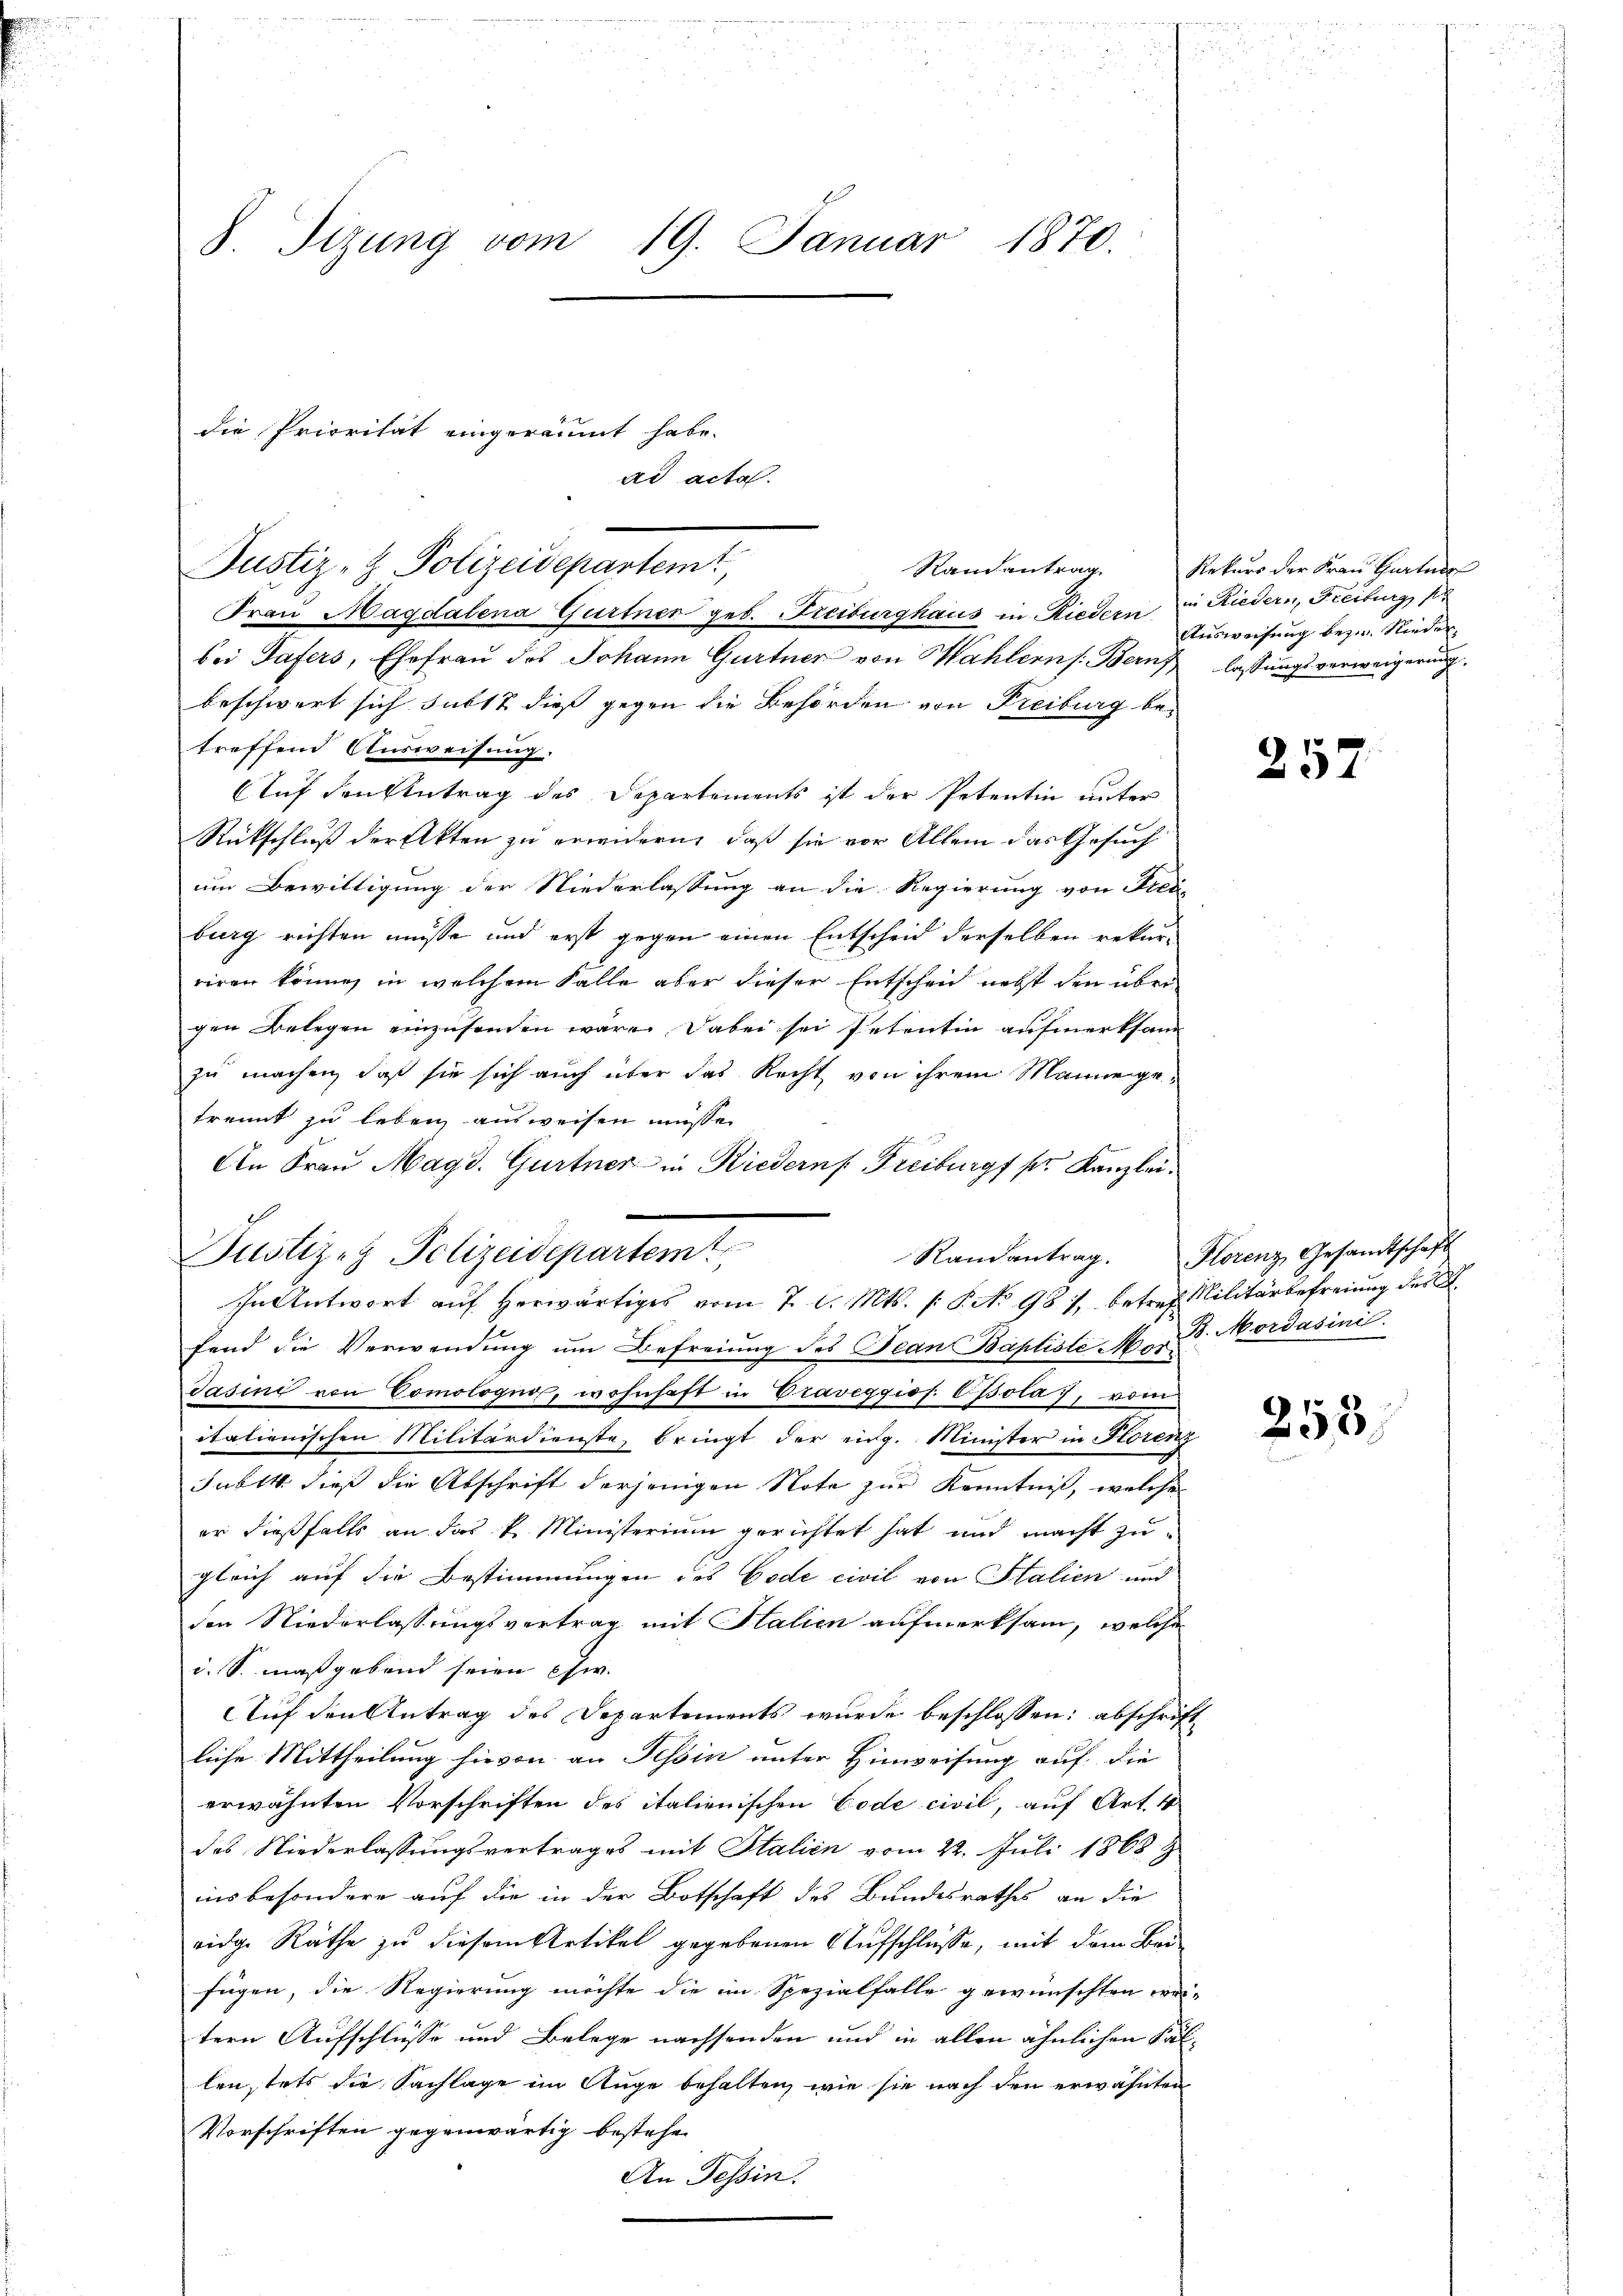
8 Sizung vom 19. Januar 1870.

die Priorität eingeräumt habe.

Justiz- & Polizeidepartem

Justizen Polizeidepartemt

ad acta.

Frau Magdalena Gurtner geb. Freiburghaus in Riedern in Riedern, Freiburg, pr
bei Tafers, Ehefrau des Johann Gurtner von Wahlern. Bern lassungsverweigerung
beschwert sich subst dieß gegen die Behörden von Freiburg betreffend Ausweisung.
Auf den Antrag des Departements ist der Petentin unter
Rückschluß der Akten zu erwidern, daß sie vor Allem das Gesuch
um Bewilligung der Niederlassung an die Regierung von Frei-
burg richten müsse und erst gegen einen Entscheid derselben rekur-
riren könne, in welchem Falle aber dieser Entschein nebst den übergen Belegen einzusenden wäre. Dabei sei Petentin aufmerksam
zu machen, daß sie sich auch über das Recht von ihrem Manne getrennt zu leben, ausweisen müsse.
An Frau Magd. Gurtner in Riedern Freiburgf pr. Kanzlei.
fand die Verwendung um Befreiung des Tean Baptiste Mor. B. Mordasini
Jasino von Comologno, wohnhaft in Draveggiof. Csola, vom
itationischen Militärdienste, bringt der eng. Minister in Horenz
Jublk dieß die Abschrift derjenigen Note zur Kenntniß, welche
er dießfalls an das k. Ministerium gerichtet hat und macht zugleich auf die Bestimmungen des Code civil von Stalien und
den Niederlassungsvertrag mit Halien aufmerksam, welche
d. S. maßgebend seien chw.
Auf den Antrag des Departements wurde beschlossen: abschrift
liche Mittheilung hievon an Tessin unter Hinweisung auf die
erwähnten Vorschriften des italienischen Code civil, auf Art. 4
des Niederlassungsvertrages mit Italien vom 22. Juli 1868.
insbesondere auf die in der Botschaft des Bundesrathes an die
eidge Räthe zu diesem Artikel gegebenen Aufschlüsse, mit dem Beifügen, die Regierung möchte die im Spezialfalle gewünschten wei-
tern Aufschlüsse und Belege nachsenden und in allen ähnlichen Fällen, stets die Sachlage im Auge behalten, wie sie nach den erwähnten
Vorschriften gegenwärtig bestehen
An Tessin.

In Antwort aŭf herwärtiges vom 7. d. Mts. /: P. No 981, betref Militärbefreiung des A

Ramantrag. Rekurs der Fraŭ Gartner
Ausweisung bezw. Nieder,

257

Randantrag. Florenz Gesandtschaft

253